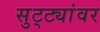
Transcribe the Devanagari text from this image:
सुट्ट्यांवर